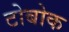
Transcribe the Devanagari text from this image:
टोबोक